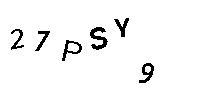
27PSY9